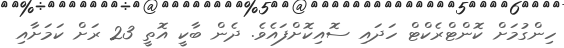
ހިންގުމަށް ކޮންޓްރެކްޓް ހަދައި ސޮއިކޮށްފައެވެ. ދެން ބާކީ އޮތީ 23 ރަށް ކަމަށާއި